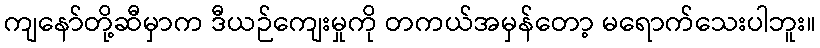
ကျနော်တို့ဆီမှာက ဒီယဉ်ကျေးမှုကို တကယ်အမှန်တော့ မရောက်သေးပါဘူး။